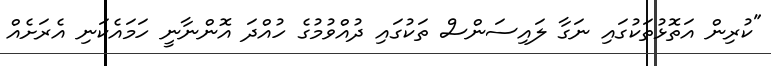
"ކުރިން އަތޮޅުތަކުގައި ނަގާ ލައިސަންސް ތަކުގައި ދުއްވުމުގެ ހުއްދަ އޮންނާނީ ހަމައެކަނި އެރަށެއް